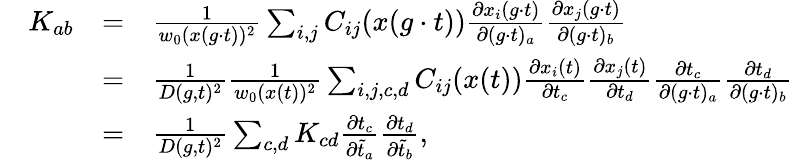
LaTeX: \begin{array}{rlrl}&{K_{ab}}&{=}&{\frac{1}{w_{0}(x(g\cdot t))^{2}}\sum_{i,j}C_{ij}(x(g\cdot t))\frac{\partial x_{i}(g\cdot t)}{\partial(g\cdot t)_{a}}\frac{\partial x_{j}(g\cdot t)}{\partial(g\cdot t)_{b}}}\\ &{}&{=}&{\frac{1}{D(g,t)^{2}}\frac{1}{w_{0}(x(t))^{2}}\sum_{i,j,c,d}C_{ij}(x(t))\frac{\partial x_{i}(t)}{\partial t_{c}}\frac{\partial x_{j}(t)}{\partial t_{d}}\frac{\partial t_{c}}{\partial(g\cdot t)_{a}}\frac{\partial t_{d}}{\partial(g\cdot t)_{b}}}\\ &{}&{=}&{\frac{1}{D(g,t)^{2}}\sum_{c,d}K_{cd}\frac{\partial t_{c}}{\partial\tilde{t}_{a}}\frac{\partial t_{d}}{\partial\tilde{t}_{b}},}\end{array}